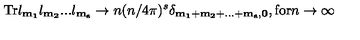
\mathrm { T r } l _ { \bf m _ { 1 } } l _ { \bf m _ { 2 } } . . . l _ { \bf m _ { s } } \rightarrow n ( n / 4 \pi ) ^ { s } \delta _ { \bf m _ { 1 } + m _ { 2 } + . . . + m _ { s } , 0 } , \mathrm { f o r } n \rightarrow \infty